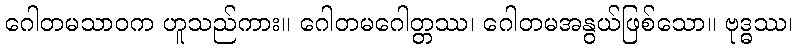
ဂေါတမသာဝက ဟူသည်ကား။ ဂေါတမဂေါတ္တဿ၊ ဂေါတမအနွယ်ဖြစ်သော။ ဗုဒ္ဓဿ၊